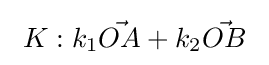
\ K:k_{1}{\vec {OA}}+k_{2}{\vec {OB}}\